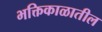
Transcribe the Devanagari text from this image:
भक्तिकाळातील